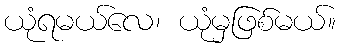
ယုံရမယ်လေ၊ ယုံမှဖြစ်မယ်။